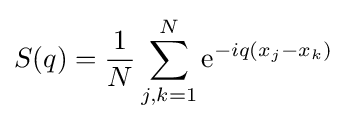
S(q)={\frac {1}{N}}\sum _{j,k=1}^{N}\mathrm {e} ^{-iq(x_{j}-x_{k})}